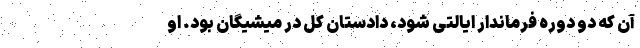
آن که دو دوره فرماندار ایالتی شود، دادستان کل در میشیگان بود. او